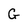
Character: G